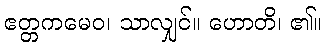
ဧတ္တကမေဝ၊ သာလျှင်။ ဟောတိ၊ ၏။